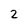
Character: 2